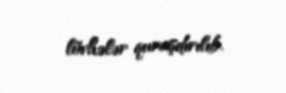
lövhələr quraşdırılıb.